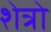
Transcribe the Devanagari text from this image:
शेत्रो